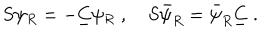
S \psi _ { R } = - \underline { { { C } } } \psi _ { R } \; , \quad S \bar { \psi } _ { R } = \bar { \psi } _ { R } \underline { { { C } } } \; .